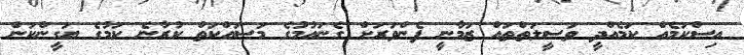
އިސްކަމެއް ކަމެއްދީ ވަސީލަތްތައް ޒަމާނީ ފެންވަރަށް ގެނައުމުގެ މަސައްކަތް ކުރާނެ ކަމުގެ ޔަގީންކަން